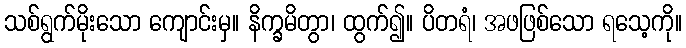
သစ်ရွက်မိုးသော ကျောင်းမှ။ နိက္ခမိတွာ၊ ထွက်၍။ ပိတရံ၊ အဖဖြစ်သော ရသေ့ကို။